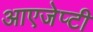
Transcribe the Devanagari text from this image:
आएजेप्टी